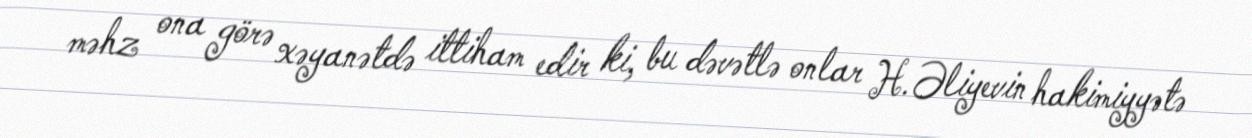
məhz ona görə xəyanətdə ittiham edir ki, bu dəvətlə onlar H.Əliyevin hakimiyyətə